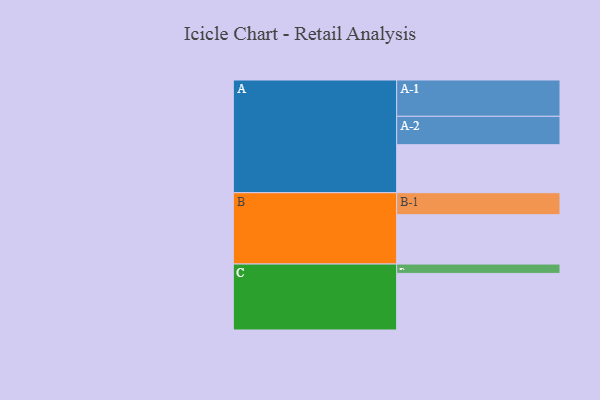
{"axis": {"x": "Segment", "y": "Value"}, "legend": ["", "A", "B", "C"], "data": [{"x": "A", "y": 390, "type": ""}, {"x": "B", "y": 401, "type": ""}, {"x": "C", "y": 460, "type": ""}, {"x": "A-1", "y": 295, "type": "A"}, {"x": "A-2", "y": 231, "type": "A"}, {"x": "B-1", "y": 179, "type": "B"}, {"x": "C-1", "y": 76, "type": "C"}]}